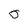
Character: 0